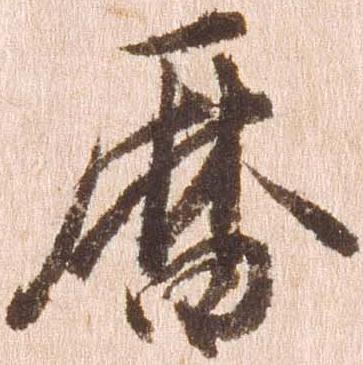
暦